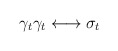
\begin{align*}\gamma_t\gamma_t \longleftrightarrow \sigma_t\end{align*}